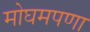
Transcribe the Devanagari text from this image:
मोघमपणा